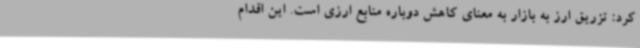
کرد: تزریق ارز به بازار به معنای کاهش دوباره منابع ارزی است. این اقدام